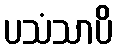
ပသံသာပိ